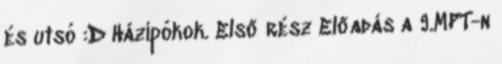
és utsó :D Házipókok. Első rész Előadás a 9.MPT-n